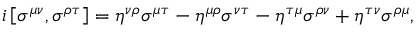
i \left[ \sigma ^ { \mu \nu } , \sigma ^ { \rho \tau } \right] = \eta ^ { \nu \rho } \sigma ^ { \mu \tau } - \eta ^ { \mu \rho } \sigma ^ { \nu \tau } - \eta ^ { \tau \mu } \sigma ^ { \rho \nu } + \eta ^ { \tau \nu } \sigma ^ { \rho \mu } ,